Vaccine operations Central Provinces 1900-1911 - 1900-1911
Year: 1900
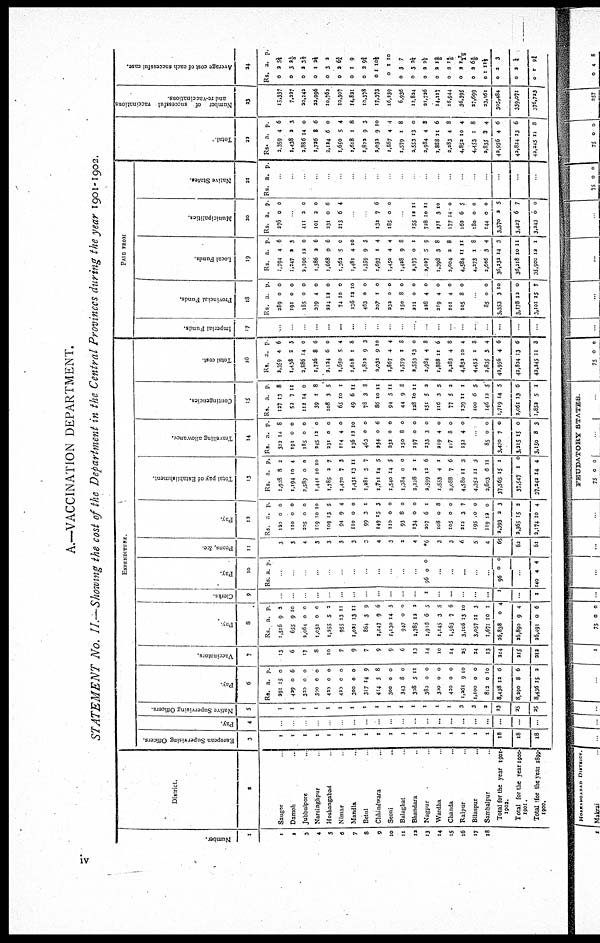
A.—VACCINATION DEPARTMENT.
STATEMENT No. II.—Showing the cost of the Department in the Central Provinces during the year 1901 -1902.
Number.
1
1
2
3
4
5
6
7
8
9
10
11
12
13
14
15
16
17
18
District.
2
Saugor
Damoh
Jubbulpore
Narsmghpur
Hoshangabad
Nimar
Mandla
Betul
Chhindwara ..
Seoni ..
Balaghat
Bhandara ..
Nagpur
Wardha
Chanda ..
Raipur ..
Bilaspur ..
Sambalpur ..
Total for the year 1901-
1902.
Total for the year 1900-
1901.
Total for the year 1899-
1900.
EXPENDITURE
European Supervising Officers.
3
1
1
1
1
1
1
1
1
1
1
1
1
1
1
1
1
1
1
18
18
18
Pay.
4
...
...
...
...
...
...
...
...
...
...
...
...
...
...
...
...
...
...
...
...
...
Native
Supervising Officers
5
1
1
1
1
1
1
1
1
1
1
1
1
1
1
1
3
3
2
23
25
25
Pay.
6
Rs.
291
429
320
300
420
420
300
317
414
300
343
308
380
300
420
1,261
1,100
812
8,438
8,290
8,436
a.
15
0
0
0
0
0
0
14
5
0
8
5
0
0
0
9
0
0
12
8
15
p.
0
6
0
0
0
0
0
9
8
0
0
11
0
0
0
10
0
10
6
6
2
Vaccinators.
7
13
5
17
8
10
7
9
7
9
9
6
13
14
10
14
25
24
13
214
215
212
Pay.
8
Rs.
1,516
655
2,064
1,032
1,255
955
1,021
864
1,147
1,130
947
1,785
1,916
1,145
1,563
3,106
3,057
1,671
26,838
26,890
26,491
a.
9
9
0
0
5
13
13
3
9
14
0
12
6
3
7
13
11
10
0
9
0
p.
2
10
0
0
2
11
11
9
6
5
0
2
5
5
6
10
3
1
4
4
6
Clerks.
9
...
...
...
...
...
...
...
...
...
...
...
...
1
...
...
...
...
...
1
...
1
Pay.
10
Rs. a. p.
...
...
...
...
...
...
...
...
...
...
...
...
96 0 0
...
...
...
...
...
96 0 0
...
140 4 4
Peons, &c.
11
3
5
4
3
3
3
3
3
4
3
2
4
*6
3
3
6
5
4
65
62
61
Pay.
12
Rs.
120
110
205
109
109
94
110
99
149
110
93
134
207
108
105
212
195
119
2,393
2,365
2,174
a.
0
0
0
10
13
9
0
3
15
0
8
0
6
0
0
3
10
12
2
15
10
p.
0
0
0
10
5
4
0
1
3
0
0
0
1
8
0
7
0
0
3
2
4
Total pay of Establishment.
13
Rs.
1,928
1,194
2,589
1,441
1,785
1,470
1,431
1,281
1,711
1,540
1,384
2,228
2,599
1,553
2,088
4,580
4,352
2,603
37,565
37,547
37,242
a
8
10
0
10
2
7
13
5
14
14
0
2
12
4
7
11
11
6
15
1
14
p.
2
4
0
10
7
3
11
7
5
5
0
1
6
1
6
3
3
11
1
0
4
Travelling allowance.
14
Rs.
302
191
185
245
231
114
136
463
234
232
150
197
233
219
117
132
a.
14
0
0
12
0
4
13
0
0
0
8
0
3
4
8
4
p.
8
0
0
0
0
0
10
0
6
0
0
0
0
0
0
0
...
85
3,470
3,215
3,150
0
7
15
8
0
0
0
3
Contingencies.
15
Rs.
127
52
112
39
108
65
49
78
86
94
44
128
151
116
77
139
100
146
1,719
2,061
1,852
a.
13
7
14
1
3
10
6
3
10
5
9
10
5
3
5
11
6
12
14
13
5
p.
8
11
0
8
5
1
11
8
11
11
8
11
2
5
2
1
5
5
5
6
1
Total cost
16
Rs.
2,359
1,438
2,886
1,726
2,124
1,650
1,618
1,822
2,032
1,867
1,579
2,553
2,984
1,888
2,283
4,852
4,453
2,835
42,956
42,824
42,245
a.
4
2
14
8
6
5
1
9
9
4
1
13
4
11
4
10
1
3
4
13
11
p.
6
3
0
6
0
4
8
3
10
4
8
0
8
6
8
4
8
4
6
6
8
PAID FROM
Imperial Funds.
17
...
...
...
...
...
...
...
...
...
...
...
...
...
...
...
...
...
...
...
...
...
Provincial Funds.
18
Rs.
289
191
185
239
224
74
136
463
207
232
150
221
228
219
101
105
a.
0
0
0
4
12
10
12
0
1
0
8
0
4
4
4
8
p.
0
0
0
0
0
0
10
0
0
0
0
0
0
0
0
0
...
85
3,353
3,178
3,101
0
3
12
15
0
10
0
7
Local Funds
19
Rs.
1,794
1,247
2,290
1,386
1,668
1,362
1,481
1,359
1,693
1,450
1,428
2,177
2,027
1,398
2,004
4,584
4,273
3,606
36,232
36,218
35,900
a
4
2
12
2
9
5
4
9
1
4
9
0
5
3
3
11
1
3
14
10
12
p.
6
3
0
6
6
0
10
3
4
4
8
1
9
8
8
11
8
4
3
11
1
Municipalities.
20
Rs.
276
a.
0
p.
0
...
411
101
231
213
2
2
0
6
0
0
6
4
...
...
132
185
7
0
6
0
...
155
728
271
177
162
180
144
3,370
3,427
3,243
12
10
3
14
6
0
0
2
6
0
11
11
10
0
5
0
0
5
7
0
Native States
21
Rs. a. p.
...
...
...
...
...
...
...
...
...
...
...
...
...
...
...
...
...
...
...
...
...
Total.
22
Rs.
2,359
1,438
2,886
1,726
2,124
1,650
1,618
1,822
2,032
1,867
1,579
2,553
2,984
1,888
2,283
4,852
4,453
2,835
42,956
42,824
42,245
a.
4
2
14
8
6
5
1
9
9
4
1
13
4
11
4
10
1
3
4
13
11
p.
6
3
0
6
0
4
8
3
10
4
8
0
8
6
8
4
8
4
6
6
8
Number of successful vaccinations
and re-vaccinations
.
23
15,337
7,227
20,242
32,996
10,762
10,307
14,821
10,378
17,373
16,239
6,936
12,824
21,726
14,117
16,944
36,395
27,699
23,161
305,484
339,071
376,723
Average cost of each successful case.
24
Rs.
0
0
0
0
0
0
0
0
0
0
0
0
0
0
0
0
0
0
0
0
0
a.
2
3
2
1
3
2
1
2
1
1
3
3
2
2
2
2
2
1
2
2
1
p.
5½
21/5
31/3
2½
2
6¾
9
9¾
10½
10
7
2¼
2½
13/4
14/5
1 7/12
63/9
11½
3
¼
9½
iv